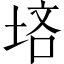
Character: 𪣠